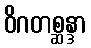
ဝိဂတစ္ဆန္ဒာ